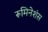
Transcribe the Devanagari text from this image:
रूमिनेशंस